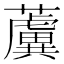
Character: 𧃢